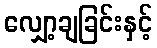
လျှော့ချခြင်းနှင့်